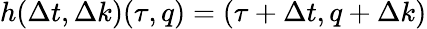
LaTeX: h(\Delta t,\Delta k)(\tau,q)=(\tau+\Delta t,q+\Delta k)